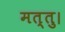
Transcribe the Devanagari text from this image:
मत्तु।